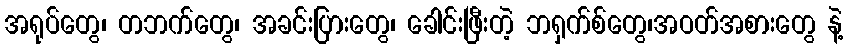
အရုပ်တွေ၊ တဘက်တွေ၊ အခင်းပြားတွေ၊ ခေါင်းဖြီးတဲ့ ဘရှက်စ်တွေ၊အဝတ်အစားတွေ နဲ့